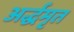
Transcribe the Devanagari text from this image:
अर्द्धमृत